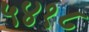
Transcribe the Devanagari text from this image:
५४१८